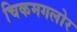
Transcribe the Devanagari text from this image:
चिकमगलोर